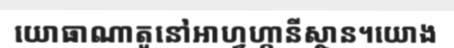
យោធាណាតូនៅអាហ្វហ្កានីស្ថាន។យោង